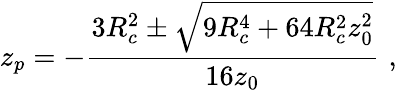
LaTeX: z_{p}=-\frac{3R_{c}^{2}\pm\sqrt{9R_{c}^{4}+64R_{c}^{2}z_{0}^{2}}}{16z_{0}}\, \, ,